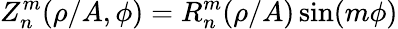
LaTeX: Z_{n}^{m}(\rho/A,\phi)=R_{n}^{m}(\rho/A)\sin(m\phi)